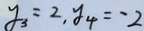
y _ { 3 } = 2 , y _ { 4 } = - 2